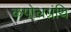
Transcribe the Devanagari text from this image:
कपोलग्रंथि